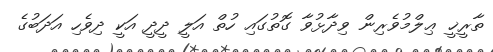
ތާރީޚީ ޢިލްމުވެރިން ވިދާޅުވާ ގޮތުގައި ހުތް އަލީ ދީދީ އަކީ ދިވެހި އަދަބުގެ